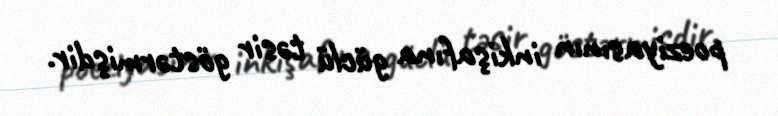
poeziyasının inkişafına güclü təsir göstərmişdir.